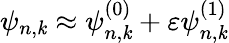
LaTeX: \psi_{n,\mathit{k}}\approx\psi_{n,\mathit{k}}^{(0)}+\varepsilon\psi_{n,\mathit{k}}^{(1)}